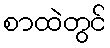
စာထဲတွင်